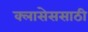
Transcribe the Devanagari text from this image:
क्लासेससाठी